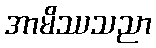
အာမိဿသညာ